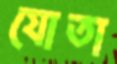
যোতা